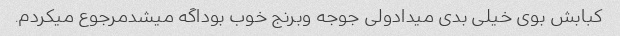
کبابش بوی خیلی بدی میدادولی جوجه وبرنج خوب بوداگه میشدمرجوع میکردم.